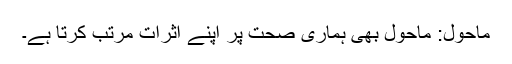
ماحول: ماحول بھی ہماری صحت پر اپنے اثرات مرتب کرتا ہے۔